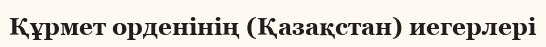
Құрмет орденінің (Қазақстан) иегерлері